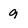
Character: 9